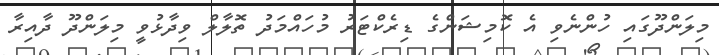
މިލަންދޫގައި ހުންނެވި އެ ކޮމިޝަންގެ ޑިރެކްޓަރު މުހައްމަދު ތޮލާލް ވިދާޅުވީ މިލަންދޫ ދާއިރާ